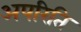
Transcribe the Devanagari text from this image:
अपरिति